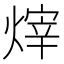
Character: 𪹞